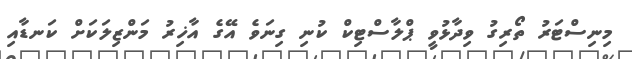
މިނިސްޓަރު ތޯރިގު ވިދާޅުވީ ޕްލާސްޓިކް ކުނި ގިނަވެ އޭގެ އާޚިރު މަންޒިލަކަށް ކަނޑާއި